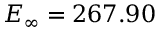
E _ { \infty } = 2 6 7 . 9 0